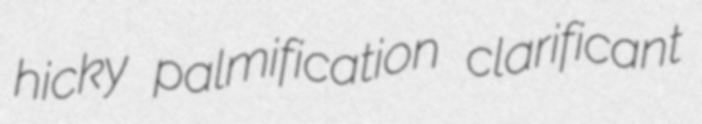
hicky palmification clarificant